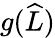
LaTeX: g(\widehat{L})